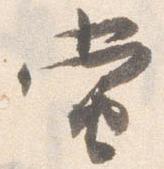
当